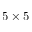
5 \times 5